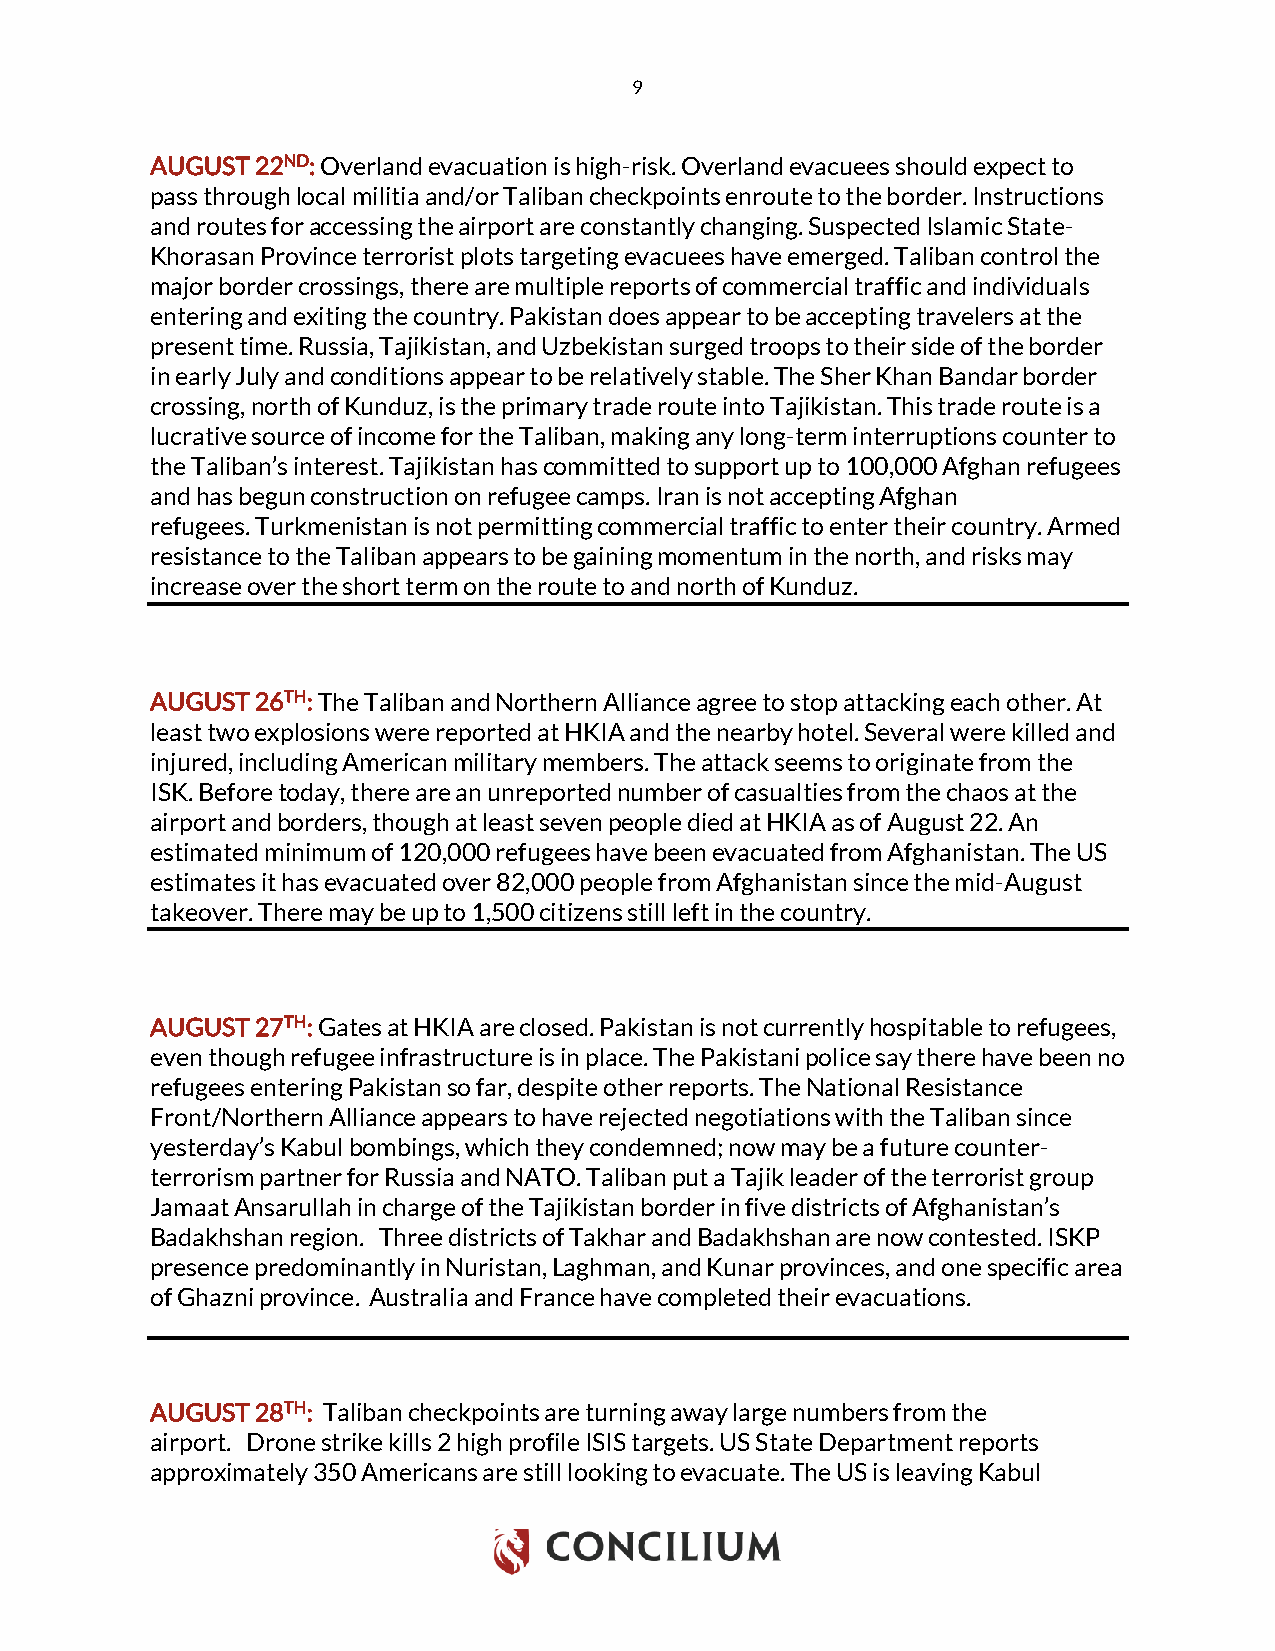
9
 AUGUST 22ND: Overland evacuation is high-risk. Overland evacuees should expect to
 pass through local militia and/or Taliban checkpoints enroute to the border. Instructions
 and routes for accessing the airport are constantly changing. Suspected Islamic State-
 Khorasan Province terrorist plots targeting evacuees have emerged. Taliban control the
 major border crossings, there are multiple reports of commercial traffic and individuals
 entering and exiting the country. Pakistan does appear to be accepting travelers at the
 present time. Russia, Tajikistan, and Uzbekistan surged troops to their side of the border
 in early July and conditions appear to be relatively stable. The Sher Khan Bandar border
 crossing, north of Kunduz, is the primary trade route into Tajikistan. This trade route is a
 lucrative source of income for the Taliban, making any long-term interruptions counter to
 the Taliban’s interest. Tajikistan has committed to support up to 100,000 Afghan refugees
 and has begun construction on refugee camps. Iran is not accepting Afghan
 refugees. Turkmenistan is not permitting commercial traffic to enter their country. Armed
 resistance to the Taliban appears to be gaining momentum in the north, and risks may
 increase over the short term on the route to and north of Kunduz.
 AUGUST 26TH: The Taliban and Northern Alliance agree to stop attacking each other. At
 least two explosions were reported at HKIA and the nearby hotel. Several were killed and
 injured, including American military members. The attack seems to originate from the
 ISK. Before today, there are an unreported number of casualties from the chaos at the
 airport and borders, though at least seven people died at HKIA as of August 22. An
 estimated minimum of 120,000 refugees have been evacuated from Afghanistan. The US
 estimates it has evacuated over 82,000 people from Afghanistan since the mid-August
 takeover. There may be up to 1,500 citizens still left in the country.
 AUGUST 27TH: Gates at HKIA are closed. Pakistan is not currently hospitable to refugees,
 even though refugee infrastructure is in place. The Pakistani police say there have been no
 refugees entering Pakistan so far, despite other reports. The National Resistance
 Front/Northern Alliance appears to have rejected negotiations with the Taliban since
 yesterday’s Kabul bombings, which they condemned; now may be a future counter-
 terrorism partner for Russia and NATO. Taliban put a Tajik leader of the terrorist group
 Jamaat Ansarullah in charge of the Tajikistan border in five districts of Afghanistan’s
 Badakhshan region. Three districts of Takhar and Badakhshan are now contested. ISKP
 presence predominantly in Nuristan, Laghman, and Kunar provinces, and one specific area
 of Ghazni province. Australia and France have completed their evacuations.
 AUGUST 28TH: Taliban checkpoints are turning away large numbers from the
 airport. Drone strike kills 2 high profile ISIS targets. US State Department reports
 approximately 350 Americans are still looking to evacuate. The US is leaving Kabul